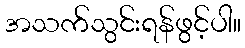
အသက်သွင်းရန်ဖွင့်ပါ။